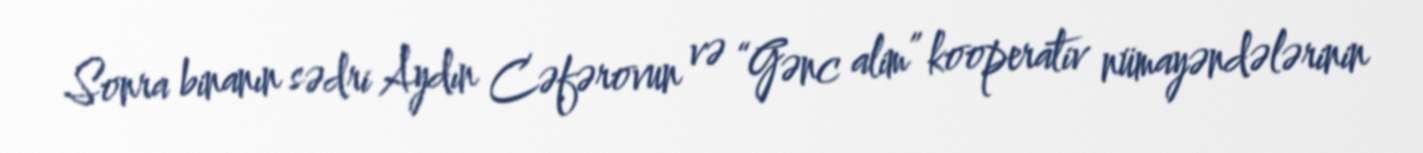
Sonra binanın sədri Aydın Cəfərovun və “Gənc alim” kooperativ nümayəndələrinin